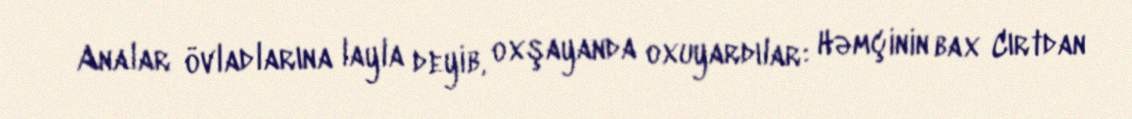
Analar övladlarına layla deyib, oxşayanda oxuyardılar: Həmçinin bax Cırtdan